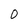
Character: 0